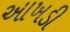
આખડી